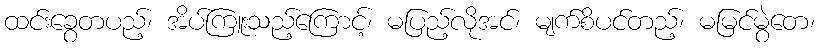
ထင်းခွေတပည့်၊ အိပ်ကြူးသည့်ကြောင့်၊ မပြည့်လိုအင်၊ မျက်စိပင်တည့်၊ မမြင်မွဲတေ၊